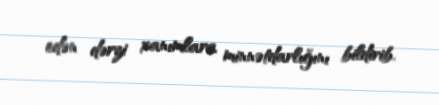
edən dərzi xanımlara minnətdarlığını bildirib.